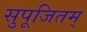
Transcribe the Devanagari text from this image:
सुपूजितम्